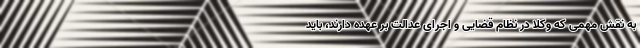
به نقش مهمی که وکلا در نظام قضایی و اجرای عدالت بر عهده دارند، باید